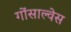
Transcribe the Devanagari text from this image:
गोंसाल्वेस